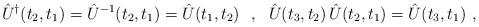
LaTeX: \begin{align*}\hat{U}^\dagger(t_2,t_1)=\hat{U}^{-1}(t_2,t_1)=\hat{U}(t_1,t_2)\ \ ,\ \ \hat{U}(t_3,t_2)\,\hat{U}(t_2,t_1)=\hat{U}(t_3,t_1)\ ,\end{align*}